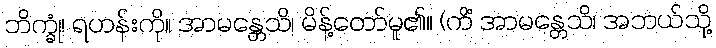
ဘိက္ခုံ၊ ရဟန်းကို။ အာမန္တေသိ၊ မိန့်တော်မူ၏။ (ကိံ အာမန္တေသိ၊ အဘယ်သို့